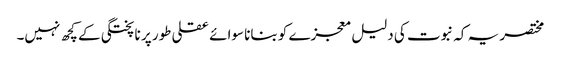
مختصر یہ کہ نبوت کی دلیل معجزے کو بنانا سوائے عقلی طور پر ناپختگی کے کچھ نہیں۔